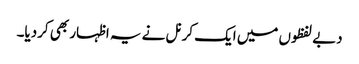
دبے لفظوں میں ایک کرنل نے یہ اظہار بھی کردیا۔